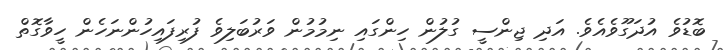
ބޮޑުވެ އުދަގޫވެއެވެ. އަދި ޖިންސީ ގުލުން ހިންގައި ނިމުމުން ވަރުބަލިވެ ފުރިފައިހުންނަހެން ހީވާގޮތް